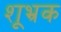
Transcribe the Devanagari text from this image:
शूभ्रक